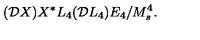
( { \cal D } X ) X ^ { * } L _ { 4 } ( { \cal D } L _ { 4 } ) E _ { 4 } / M _ { s } ^ { 4 } .